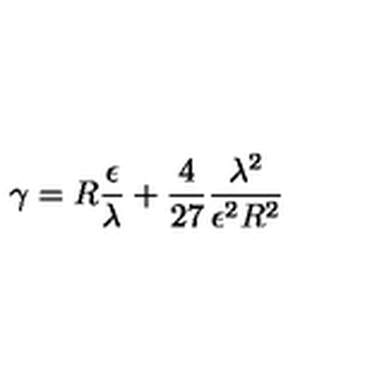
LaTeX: \gamma = R \frac \epsilon \lambda + \frac 4 { 2 7 } \frac { \lambda ^ { 2 } } { \epsilon ^ { 2 } R ^ { 2 } }